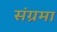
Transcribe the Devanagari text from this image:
संग्रमा